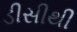
ડીસીથી